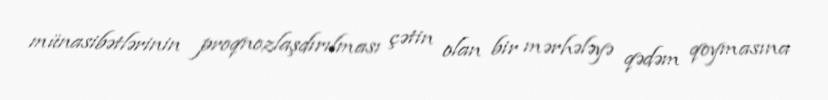
münasibətlərinin proqnozlaşdırılması çətin olan bir mərhələyə qədəm qoymasına